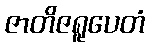
ဇာတိဇရူပေတံ